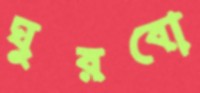
ঘুরবো